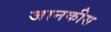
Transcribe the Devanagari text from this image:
जानकीस